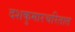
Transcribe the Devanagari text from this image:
दशकुमारचरितात